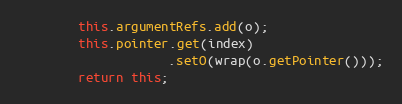
Language: Java
        this.argumentRefs.add(o);
        this.pointer.get(index)
                    .setO(wrap(o.getPointer()));
        return this;